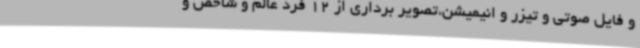
و فایل صوتی و تیزر و انیمیشن،تصویر برداری از 12 فرد عالم و شاخص و